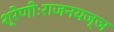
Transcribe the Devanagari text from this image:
श्रेणीःराजनयज्ञ